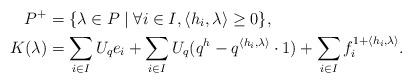
LaTeX: \begin{align*}P^+ &= \{\lambda\in P\mid \forall i\in I,\langle h_i,\lambda\rangle\geq0\},\\K(\lambda) &= \sum_{i\in I}U_qe_i+\sum_{i\in I}U_q(q^h-q^{\langle h_i,\lambda\rangle}\cdot1)+\sum_{i\in I}f_i^{1+\langle h_i,\lambda\rangle}.\end{align*}